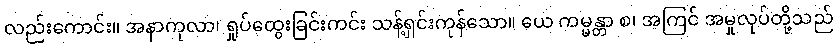
လည်းကောင်း။ အနာကုလာ၊ ရှုပ်ထွေးခြင်းကင်း သန့်ရှင်းကုန်သော။ ယေ ကမ္မန္တာ စ၊ အကြင် အမှုလုပ်တို့သည်